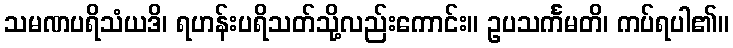
သမဏပရိသံယဒိ၊ ရဟန်းပရိသတ်သို့လည်းကောင်း။ ဥပသင်္ကမတိ၊ ကပ်ရပါ၏။